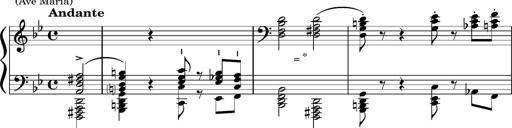
Title: Album-Leaf 'Ave Maria'
Composer: Franz Liszt
Key: B-flat major